Vaccination United Provinces of Agra and Oudh 1902-1913 - 1902-1913
Year: 1902
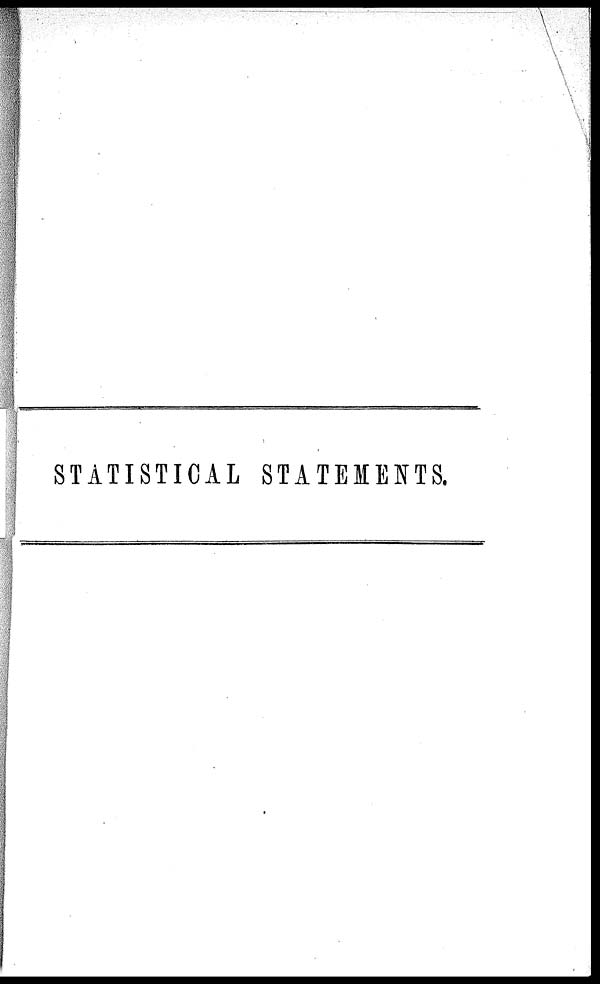
STATISTICAL STATEMENTS.